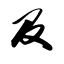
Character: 及